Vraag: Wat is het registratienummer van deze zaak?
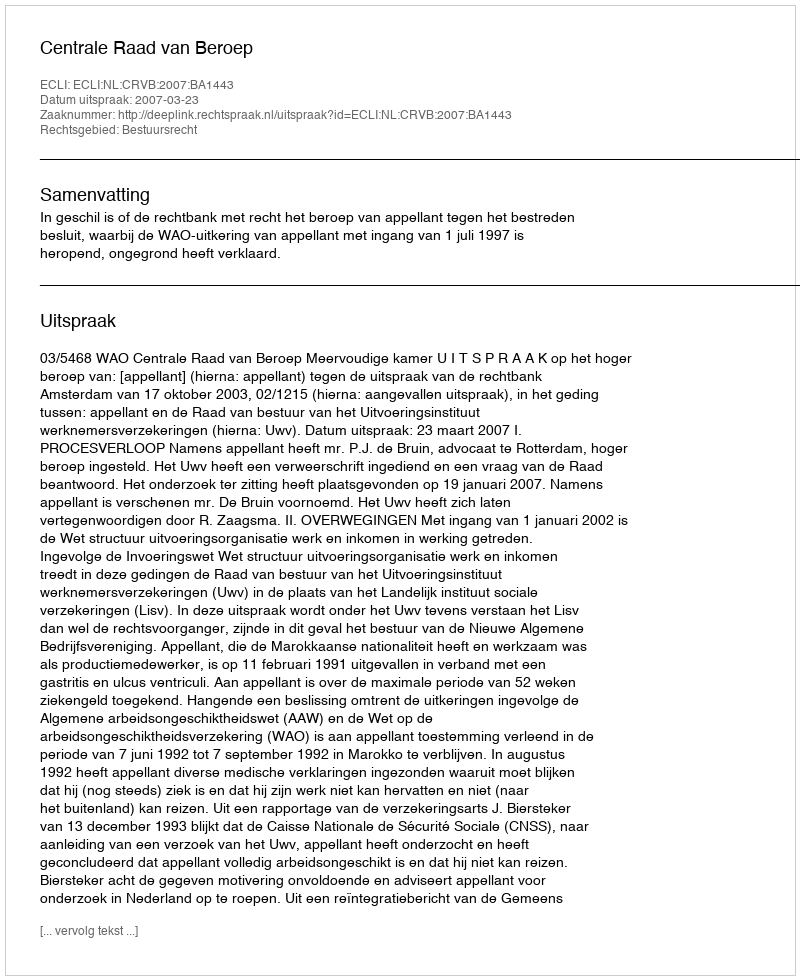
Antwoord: http://deeplink.rechtspraak.nl/uitspraak?id=ECLI:NL:CRVB:2007:BA1443